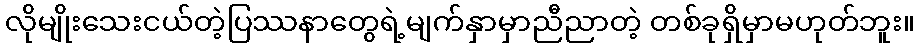
လိုမျိုးသေးငယ်တဲ့ပြဿနာတွေရဲ့မျက်နှာမှာညီညာတဲ့ တစ်ခုရှိမှာမဟုတ်ဘူး။